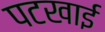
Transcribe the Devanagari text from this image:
पटखाई